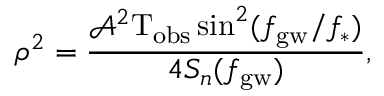
\rho ^ { 2 } = \frac { \mathcal { A } ^ { 2 } \mathrm { T } _ { \mathrm { o b s } } \sin ^ { 2 } ( f _ { \mathrm { g w } } / f _ { \ast } ) } { 4 S _ { n } ( f _ { \mathrm { g w } } ) } ,